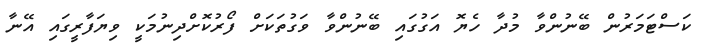
ކަސްޓަމަރުން ބޭނުންވާ މުދާ ހެޔޮ އަގުގައި ބޭނުންވާ ވަގުތަކަށް ފޯރުކޮށްދިނުމަކީ ވިޔަފާރީގައި އޭނާ